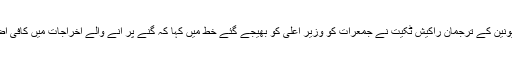
بھارتیہ کسان یونین کے ترجمان راکیش ٹکیت نے جمعرات کو وزیر اعلی کو بھیجے گئے خط میں کہا کہ گنے پر آنے والے اخراجات میں کافی اضافہ ہوگیا ہے۔